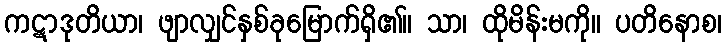
ကဋာဒုတိယာ၊ ဖျာလျှင်နှစ်ခုမြောက်ရှိ၏။ သာ၊ ထိုမိန်းမကို။ ပတိနောစ၊